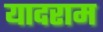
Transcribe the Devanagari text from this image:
यादराम